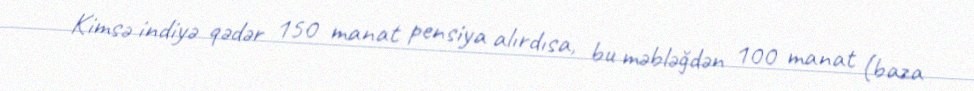
Kimsə indiyə qədər 150 manat pensiya alırdısa, bu məbləğdən 100 manat (baza